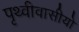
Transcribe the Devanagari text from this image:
पृथ्वीवासीयो